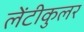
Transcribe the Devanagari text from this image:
लेंटीकुलर